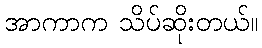
အာကာက သိပ်ဆိုးတယ်။